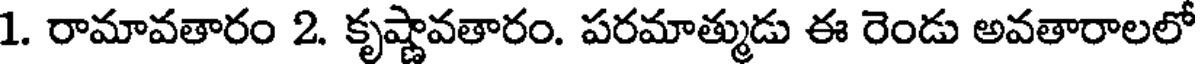
1. రామావతారం 2. కృష్ణావతారం. పరమాత్ముడు ఈ రెండు అవతారాలలో